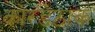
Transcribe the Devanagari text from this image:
कोरडेठाक